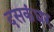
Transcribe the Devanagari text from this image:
दसकंधर